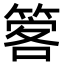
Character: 𥰋